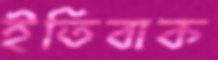
ইতিবাক